Notes on vaccination in the North-West Frontier Province 1923-1928 - 1923-1928
Year: 1923
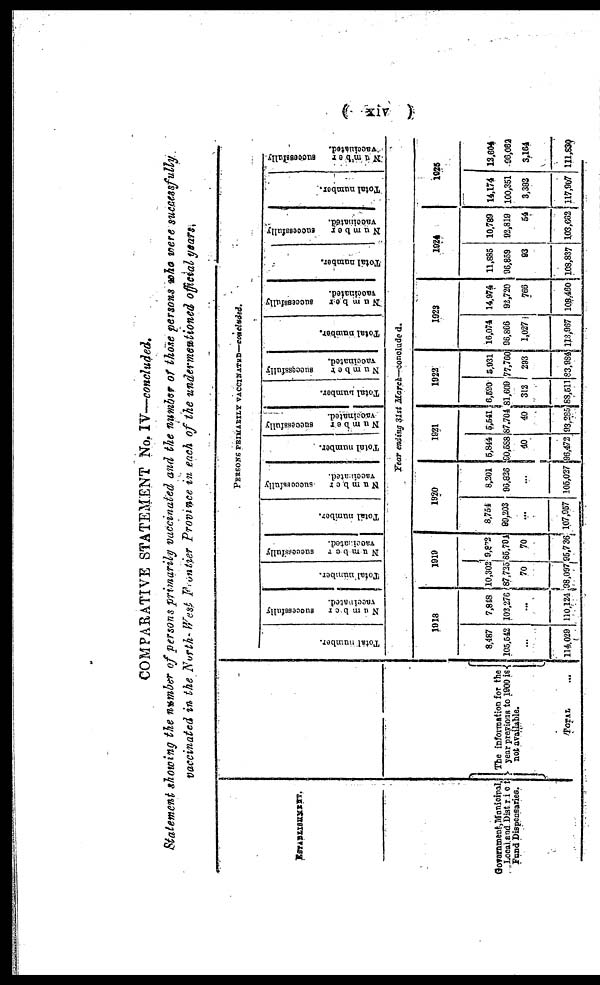
(xiv)
COMPARATIVE STATEMENT No. IV—concluded.
Statement showing the number of persons primarily vaccinated and the number of those persons who were successfully
vaccinated in the North- West Frontier Province in each of the undermentioned official years.
ESTABLISHMENT
Government,Municipal,
Local and District
fund Dispensaries.
The Information for the
year previous to 1900 is
not available.
TOTAL ...
PERSONS PRIMARILY VACCINATED—concluded.
Total number.
Number successfully
vaccinated.
Total number.
Number
successfully
vaccinated.
Total number.
Number
successfully
vaccinated.
Total number.
Number
successfully
vaccinated.
Total Number.
Number
successfully
vaccinated.
Total Number.
Number
successfully
vaccinated.
Total number.
Number
successfully
vaccinated.
Total number.
Number
successfully
vaccinated.
Year ending 31st
March—concluded.
1918
8,487
105,542
...
114,029
7,848
103,276
...
110,124
1919
10,302
87,735
70
98,007
9,872
85,791
70
95,736
1920
8,754
99,203
...
107,957
8,201
96,826
...
105,027
1921
5,844
90,588
40
96,472
5,541
87,704
40
93,285
1922
6,590
81,609
312
88,511
5,931
77,760
293
83,984
1923
16,074
96,866
1,027
113,967
14,974
92,720
766
108,460
1024
11,885
96,859
93
108,837
10,789
92,819
54
103,662
1925
14,174
100,351
3,382
117,907
12,604
96,052
3,164
111,830